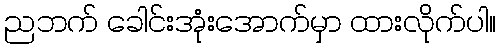
ညဘက် ခေါင်းအုံးအောက်မှာ ထားလိုက်ပါ။